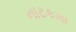
નાટકમા